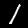
Label: 1